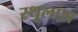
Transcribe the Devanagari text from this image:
स्थूलांश